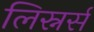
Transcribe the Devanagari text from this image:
लिस्नर्स